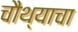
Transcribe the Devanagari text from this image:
चौथ्याचा